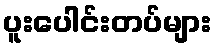
ပူးပေါင်းတပ်များ